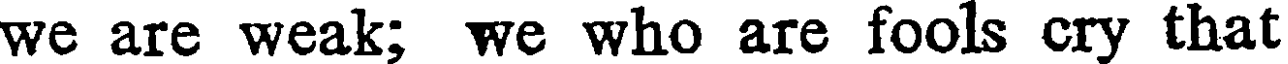
we are weak; we who are fools cry that